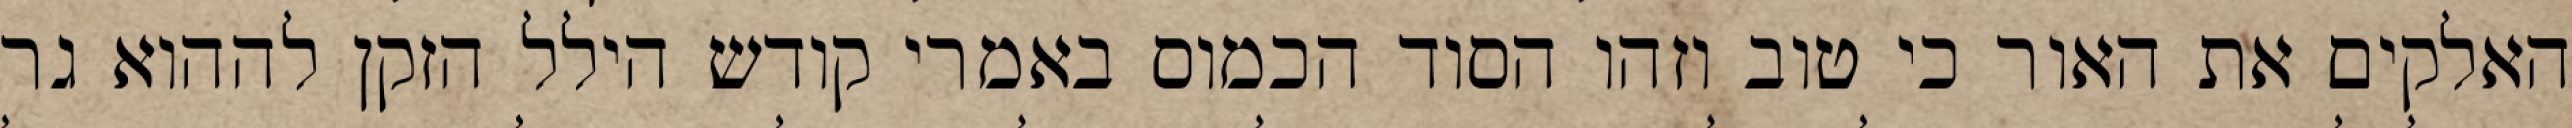
האלקים את האור כי טוב וזהו הסוד הכמוס באמרי קודש הילל הזקן לההוא גר